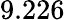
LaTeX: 9.226